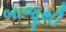
બાજૂથી